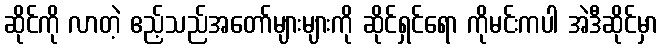
ဆိုင်ကို လာတဲ့ ဧည့်သည်အတော်များများကို ဆိုင်ရှင်ရော ကိုမင်းကပါ အဲဒီဆိုင်မှာ